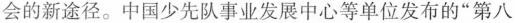
会的新途径。中国少先队事业发展中心等单位发布的”第八